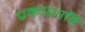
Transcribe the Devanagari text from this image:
प्रकाशादि